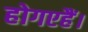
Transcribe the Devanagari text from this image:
होगएहैं।